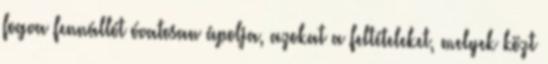
fogva fennállót óvatosan ápolja, azokat a feltételeket, melyek közt